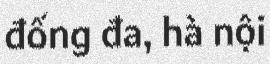
đống đa, hà nội